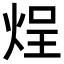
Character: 𬊒